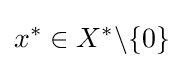
x^{*}\in X^{*}\backslash \{0\}